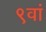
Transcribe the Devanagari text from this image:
९वां